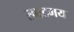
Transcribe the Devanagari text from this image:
स्वादमय